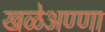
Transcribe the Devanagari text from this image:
खळेअण्णा